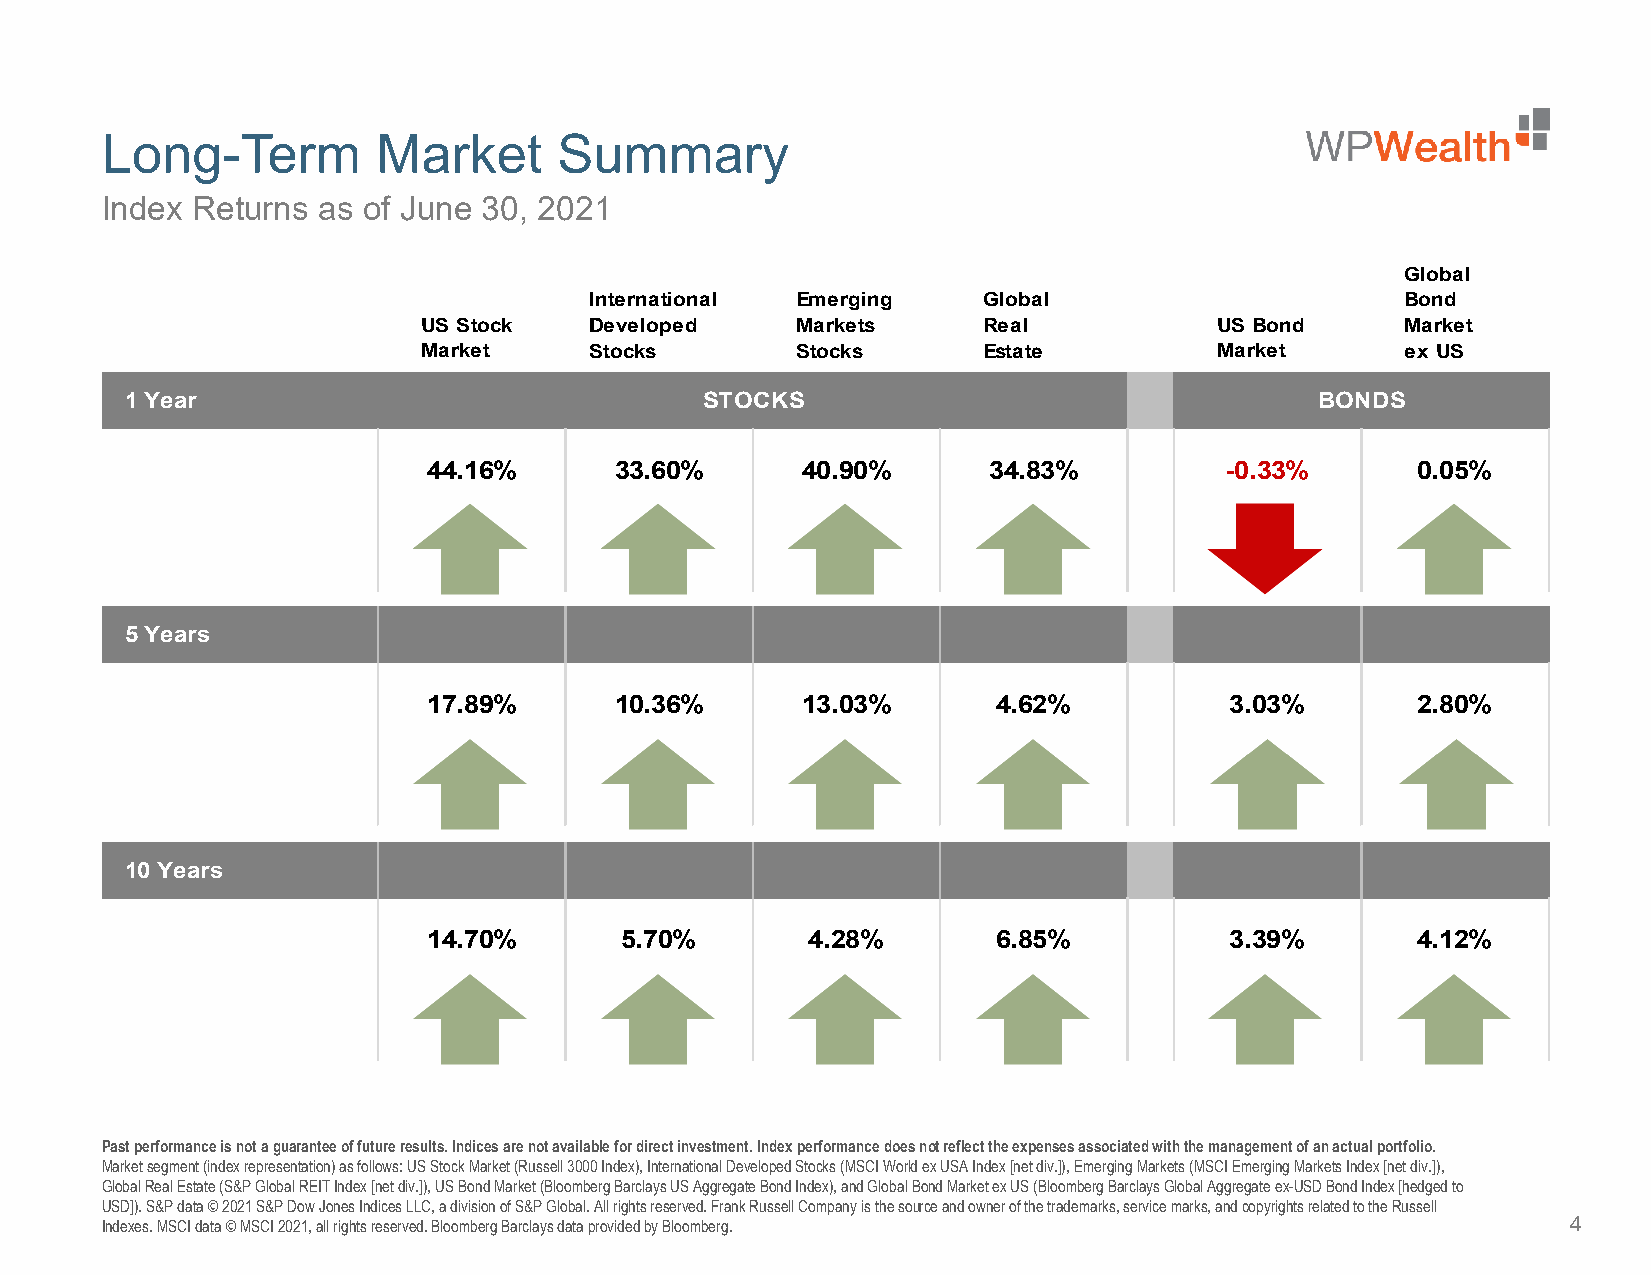
Long-Term         Market      Summary
 Index Returns as of June 30, 2021
 Global
 International Emerging    Global                      Bond
 US Stock   Developed     Markets     Real            US Bond     Market
 Market     Stocks        Stocks      Estate          Market      ex US
 1 Year                                STOCKS                                   BONDS
 44.16%       33.60%      40.90%      34.83%          -0.33%       0.05%
 5 Years
 17.89%       10.36%      13.03%       4.62%          3.03%        2.80%
 10 Years
 14.70%       5.70%       4.28%        6.85%          3.39%        4.12%
 Past performance is not a guarantee of future results. Indices are not available for direct investment. Index performance does not reflect the expenses associated with the management of an actual portfolio.
 Market segment (index representation) as follows: US Stock Market (Russell 3000 Index), International Developed Stocks (MSCI World ex USA Index [net div.]), Emerging Markets (MSCI Emerging Markets Index [net div.]),
 Global Real Estate (S&P Global REIT Index [net div.]), US Bond Market (Bloomberg Barclays US Aggregate Bond Index), and Global Bond Market ex US (Bloomberg Barclays Global Aggregate ex-USD Bond Index [hedged to
 USD]). S&P data © 2021 S&P Dow Jones Indices LLC, a division of S&P Global. All rights reserved. Frank Russell Company is thesource and owner of the trademarks, service marks, and copyrights related to the Russell
 Indexes. MSCI data © MSCI 2021, all rights reserved. Bloomberg Barclays data provided by Bloomberg. 4